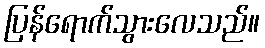
ပြန်ရောက်သွားလေသည်။